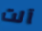
آلت